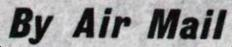
By Air Mail